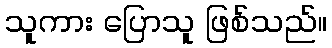
သူကား ပြောသူ ဖြစ်သည်။